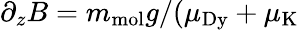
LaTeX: \partial_{z}B=m_{\mathrm{mol}}g/(\mu_{\mathrm{Dy}}+\mu_{\mathrm{K}}